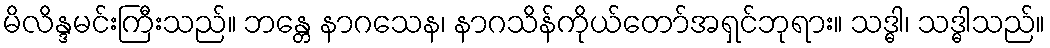
မိလိန္ဒမင်းကြီးသည်။ ဘန္တေ နာဂသေန၊ နာဂသိန်ကိုယ်တော်အရှင်ဘုရား။ သဒ္ဓါ၊ သဒ္ဓါသည်။